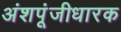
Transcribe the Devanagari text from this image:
अंशपूंजीधारक